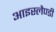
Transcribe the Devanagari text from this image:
आइस्लैण्डी